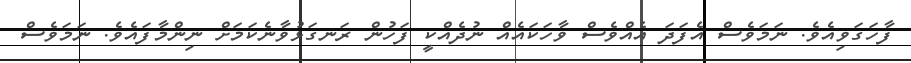
ފާހަގަވިއެވެ. ނަމަވެސް އެފަދަ އެއްވެސް ވާހަކައެއް ނުދެއްކީ ފަހުން ރަނގަޅުވާނެކަމަށް ނިންމާފައެވެ. ނަމަވެސް